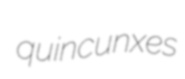
quincunxes